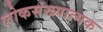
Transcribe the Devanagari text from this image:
लोकसंख्यात्मक